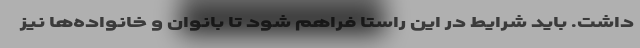
داشت. باید شرایط در این راستا فراهم شود تا بانوان و خانواده‌ها نیز